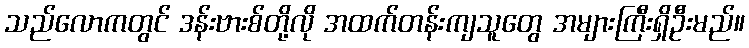
သည်လောကတွင် ဒန်းဗားစ်တို့လို အထက်တန်းကျသူတွေ အများကြီးရှိဦးမည်။